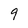
Character: 9